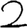
Digit: 2